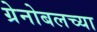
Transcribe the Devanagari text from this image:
ग्रेनोबलच्या